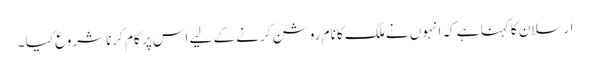
ارسلان کا کہنا ہے کہ انہوں نے ملک کا نام روشن کرنے کے لیے اس پر کام کرنا شروع کیا ۔